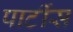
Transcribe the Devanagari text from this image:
पार्टीस